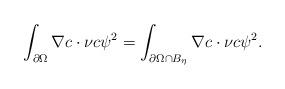
LaTeX: \begin{align*}\int_{\partial\Omega}\nabla c\cdot\nu c\psi^{2}=\int_{\partial\Omega\cap B_{\eta} }\nabla c\cdot\nu c\psi^{2}. \end{align*}